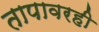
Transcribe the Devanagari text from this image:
तापावरही